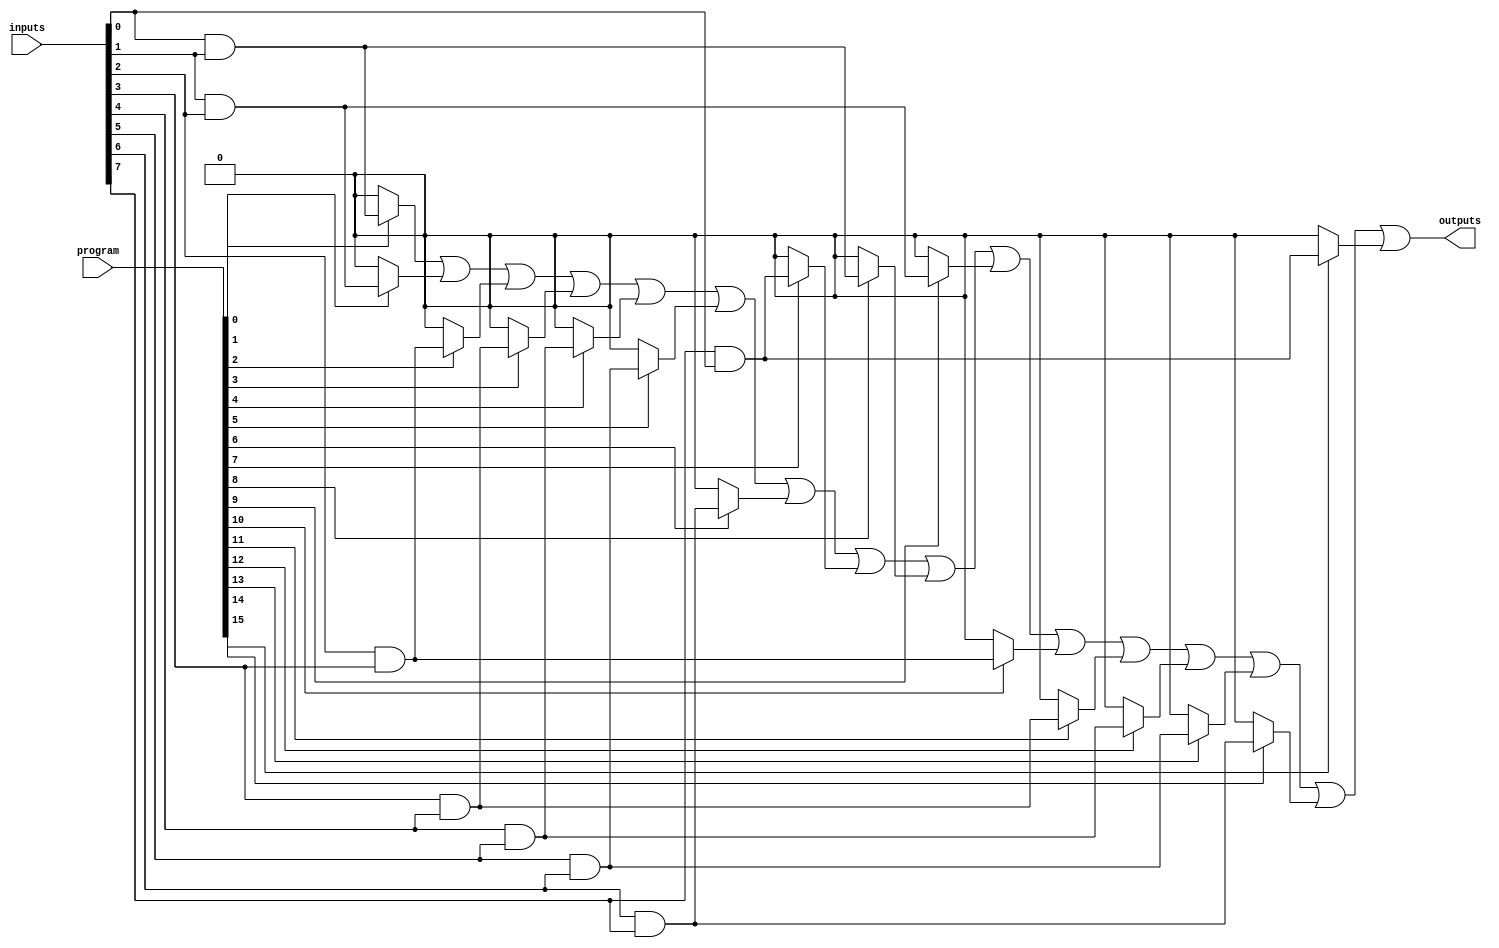
module flash_programmable_pal #(
    parameter NUM_INPUTS = 8,
    parameter NUM_PRODUCT_TERMS = 16,
    parameter NUM_OUTPUTS = 1
) (
    input wire [NUM_INPUTS-1:0] inputs,         // Input lines
    input wire [NUM_PRODUCT_TERMS-1:0] program, // Programmable connections for AND array
    output reg [NUM_OUTPUTS-1:0] outputs        // Output lines
);
    
    // Internal signals for AND array product terms
    wire [NUM_PRODUCT_TERMS-1:0] and_out; // Outputs of the AND gates

    // AND Array: Generate product terms based on inputs and programmed connections
    genvar i, j;
    generate
        for (i = 0; i < NUM_PRODUCT_TERMS; i = i + 1) begin : and_array
            assign and_out[i] = program[i] ? 
                                (inputs[i % NUM_INPUTS] & inputs[(i + 1) % NUM_INPUTS]) : 0; // simplistic example
        end
    endgenerate

    // OR Array: Combine outputs of the AND gates
    integer j;
    always @(*) begin
        outputs = 0; // Initialize outputs
        for (j = 0; j < NUM_PRODUCT_TERMS; j = j + 1) begin
            outputs = outputs | and_out[j]; // Logic-OR of all AND outputs
        end
    end

endmodule